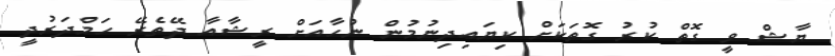
ޔާޝް ވީ ގޮތް ކުރު ގޮތަކަށް ކިޔައިދިނުމުން ނުހާއަށް ރީޝާއާ ދޭތެރޭ ހަމްދަރުދީ